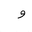
Letter: _waw